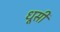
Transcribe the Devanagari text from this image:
धूसी